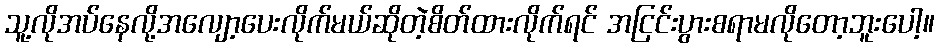
သူ့လိုအပ်နေလို့အလျော့ပေးလိုက်မယ်ဆိုတဲ့စိတ်ထားလိုက်ရင် အငြင်းပွားစရာမလိုတော့ဘူးပေါ့။